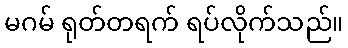
မဂမ် ရုတ်တရက် ရပ်လိုက်သည်။